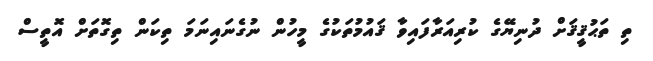
ތި ތަޙުޤީޤަށް ދުނިޔޭގެ ކުރިއަރާފައިވާ ޤައުމުތަކުގެ މީހުން ނުގެނައިނަމަ ތިކަން ތިގޮތަށް އޮތީސް